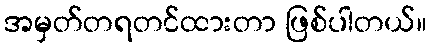
အမှတ်တရတင်ထားတာ ဖြစ်ပါတယ်။